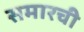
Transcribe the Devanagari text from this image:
समारची